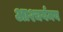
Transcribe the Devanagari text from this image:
आश्चर्यमय